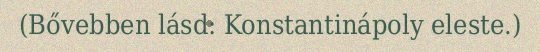
(Bővebben lásd: Konstantinápoly eleste.)